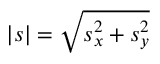
| s | = \sqrt { s _ { x } ^ { 2 } + s _ { y } ^ { 2 } }